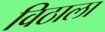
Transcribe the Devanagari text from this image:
विठाला